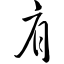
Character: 肩